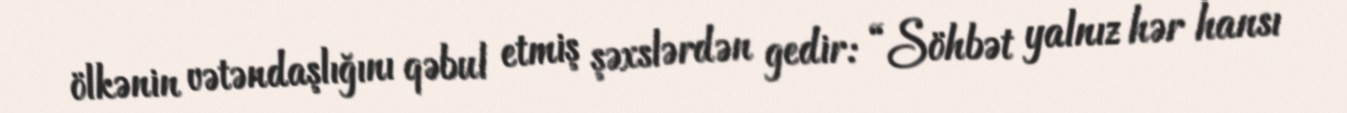
ölkənin vətəndaşlığını qəbul etmiş şəxslərdən gedir: “Söhbət yalnız hər hansı